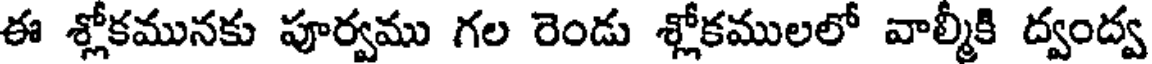
ఈ శ్లోకమునకు పూర్వము గల రెండు శ్లోకములలో వాల్మీకి ద్వంద్వ